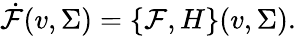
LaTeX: \dot{\mathcal{F}}(v,\Sigma)=\{ \mathcal{F},H\} (v,\Sigma).